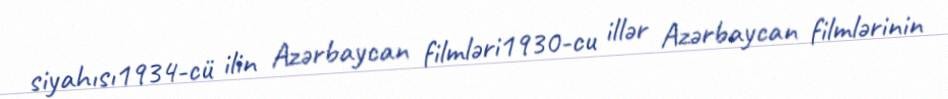
siyahısı1934-cü ilin Azərbaycan filmləri1930-cu illər Azərbaycan filmlərinin